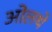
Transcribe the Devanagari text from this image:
ओलथे